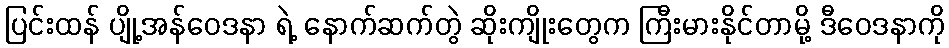
ပြင်းထန် ပျို့အန်ဝေဒနာ ရဲ့ နောက်ဆက်တွဲ ဆိုးကျိုးတွေက ကြီးမားနိုင်တာမို့ ဒီဝေဒနာကို